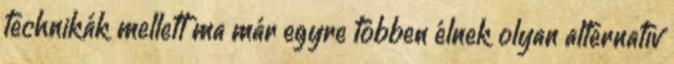
technikák mellett ma már egyre többen élnek olyan alternatív